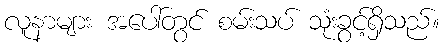
လူနာများ အပေါ်တွင် စမ်းသပ် သုံးခွင့်ရှိသည်။